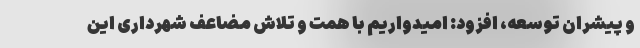
و پیشران توسعه، افزود: امیدواریم با همت و تلاش مضاعف شهرداری این